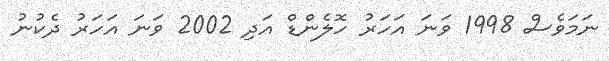
ނަމަވެސް 1998 ވަނަ އަހަރު ހޮލެންޑް އަދި 2002 ވަނަ އަހަރު ދެކުނު